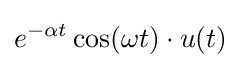
e^{-\alpha t}\cos(\omega t)\cdot u(t)\